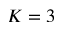
K = 3